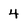
Character: 4